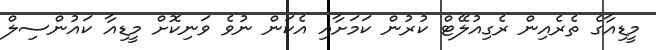
މީޑިއާގެ ތެރެއިން ރެގިއުލޭޓް ކުރުން ކަމަށާއި އެކަން ނުވެ ވަނިކޮށް މީޑިއާ ކައުންސިލް